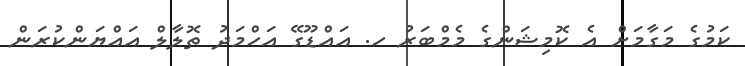
ކަމުގެ މަގާމަށް އެ ކޮމިޝަންގެ މެމްބަރު ހ. އައްޑޫގޭ އަހްމަދު ތޮލާލް އައްޔަންކުރަން